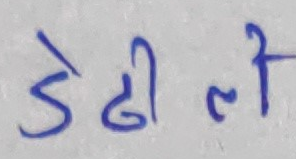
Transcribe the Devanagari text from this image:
डेढीलो